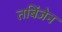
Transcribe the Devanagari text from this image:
तबिंजेन